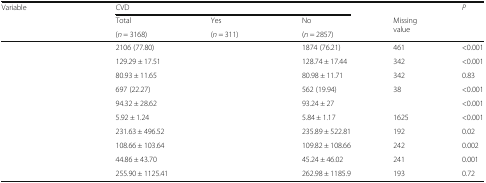
<table><thead><tr><td rowspan="3"><b>Variable</b></td><td colspan="3"><b>CVD</b></td><td>[EMPTY_CELL]</td><td rowspan="3"><b><i>P</i></b></td></tr><tr><td><b>Total</b></td><td><b>Yes</b></td><td><b>No</b></td><td rowspan="2"><b>Missing value</b></td></tr><tr><td><b>(<i>n</i> = 3168)</b></td><td><b>(<i>n</i> = 311)</b></td><td><b>(<i>n</i> = 2857)</b></td></tr></thead><tbody><tr><td>[EMPTY_CELL]</td><td>2106 (77.80)</td><td>[EMPTY_CELL]</td><td>1874 (76.21)</td><td>461</td><td>&lt;0.001</td></tr><tr><td>[EMPTY_CELL]</td><td>129.29 ± 17.51</td><td>[EMPTY_CELL]</td><td>128.74 ± 17.44</td><td>342</td><td>&lt;0.001</td></tr><tr><td>[EMPTY_CELL]</td><td>80.93 ± 11.65</td><td>[EMPTY_CELL]</td><td>80.98 ± 11.71</td><td>342</td><td>0.83</td></tr><tr><td>[EMPTY_CELL]</td><td>697 (22.27)</td><td>[EMPTY_CELL]</td><td>562 (19.94)</td><td>38</td><td>&lt;0.001</td></tr><tr><td>[EMPTY_CELL]</td><td>94.32 ± 28.62</td><td>[EMPTY_CELL]</td><td>93.24 ± 27</td><td>[EMPTY_CELL]</td><td>&lt;0.001</td></tr><tr><td>[EMPTY_CELL]</td><td>5.92 ± 1.24</td><td>[EMPTY_CELL]</td><td>5.84 ± 1.17</td><td>1625</td><td>&lt;0.001</td></tr><tr><td>[EMPTY_CELL]</td><td>231.63 ± 496.52</td><td>[EMPTY_CELL]</td><td>235.89 ± 522.81</td><td>192</td><td>0.02</td></tr><tr><td>[EMPTY_CELL]</td><td>108.66 ± 103.64</td><td>[EMPTY_CELL]</td><td>109.82 ± 108.66</td><td>242</td><td>0.002</td></tr><tr><td>[EMPTY_CELL]</td><td>44.86 ± 43.70</td><td>[EMPTY_CELL]</td><td>45.24 ± 46.02</td><td>241</td><td>0.001</td></tr><tr><td>[EMPTY_CELL]</td><td>255.90 ± 1125.41</td><td>[EMPTY_CELL]</td><td>262.98 ± 1185.9</td><td>193</td><td>0.72</td></tr></tbody></table>